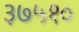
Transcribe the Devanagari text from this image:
३७५१०